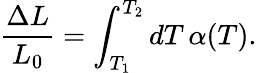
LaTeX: \frac{\Delta L}{L_{0}}=\int_{T_{1}}^{T_{2}}\mathop{dT}\alpha(T).